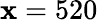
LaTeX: \mathbf{x}=520